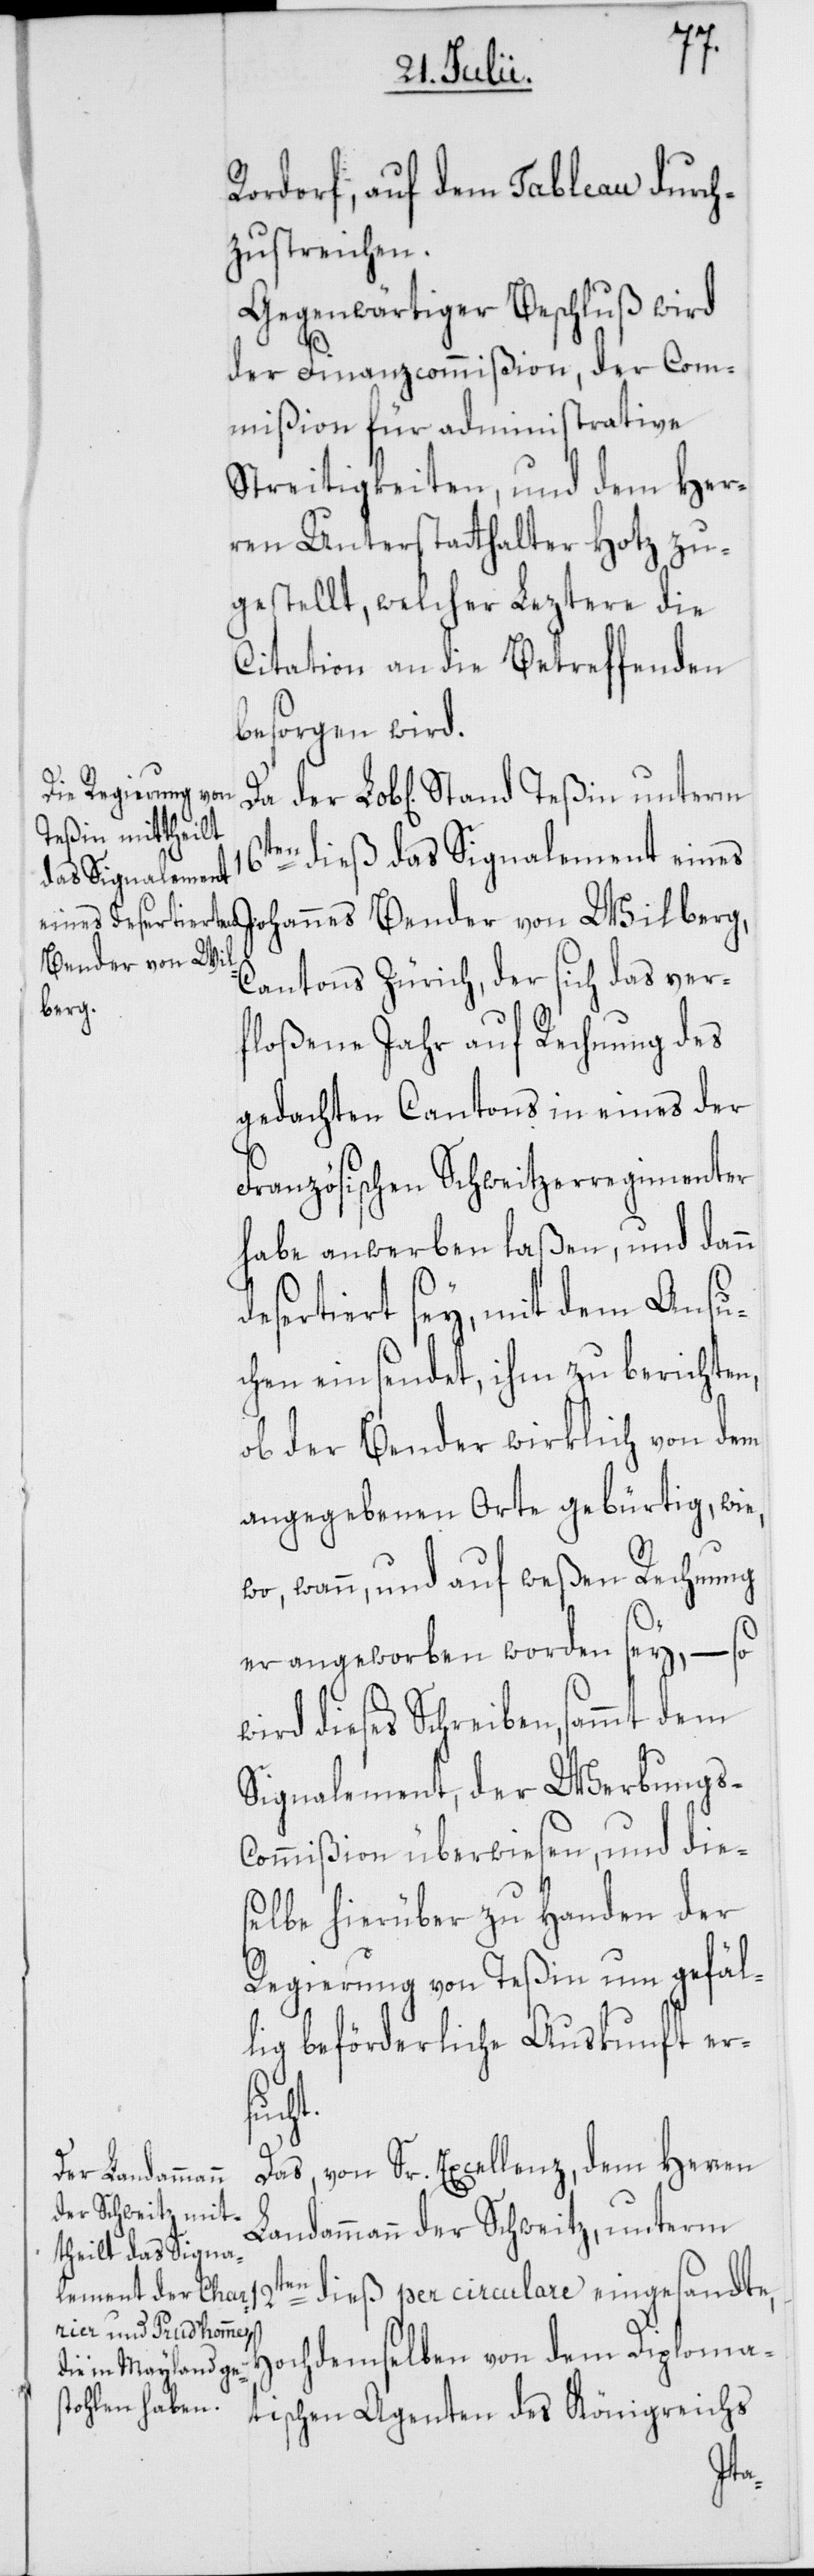
Rordorf auf dem Tableau durch¬
zustreichen.
Gegenwärtiger Beschluß wird
der Finanzcommißion, der Com¬
mißion für administrative
Streitigkeiten, und dem Her¬
ren Unterstatthalter Hotz zu¬
gestellt, welcher Leztere die
Citation an die Betreffenden
besorgen wird.
16ten dieß das Signalement eines
Johannes Bender von Wildberg,
Cantons Zürich, der sich das ver¬
floßene Jahr auf Rechnung des
gedachten Cantons in eines der
Französischen Schweitzerregimenter
habe anwerben laßen, und dann
desertiert sey, mit dem Ansu¬
chen einsendet, ihm zu berichten,
ob der Bender wirklich von dem
angegebenen Orte gebürtig, wie,
wo, wann, und auf weßen Rechnung
er angeworben worden sey, – so
wird dieses Schreiben, sammt dem
Signalement, der Werbungs-C¬
ommißion überwiesen, und die¬
selbe hierüber zu Handen der
Regierung von Teßin um gefäl¬
lig beförderliche Auskunft er¬
such¬
Das, von Sr. Excellenz, dem Herren
Landammann der Schweitz, unterm
12ten dieß per circulare eingesandte,
Hochdemselben von dem Diploma¬
tischen Agenten des Königreichs
t.